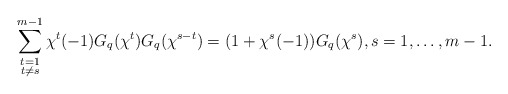
\begin{align*}\sum\limits_{\substack{t=1\\ t\neq s}}^{m-1}\chi^t(-1)G_q(\chi^t)G_q(\chi^{s-t})=(1+\chi^s(-1))G_q(\chi^s),s=1,\dots,m-1.\end{align*}